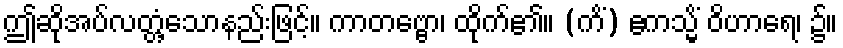
ဤဆိုအပ်လတ္တံ့သောနည်းဖြင့်။ ကာတဗ္ဗော၊ ထိုက်၏။ (ကိံ) ဧကသ္မိံ ဝိဟာရေ၊ ၌။